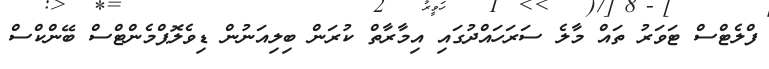
ފްލެޓްސް ޓަވަރު ތައް މާލެ ސަރަހައްދުގައި އިމާރާތް ކުރަން ބިލިއަނުން ޑިވެލޮޕްމެންޓްސް ބޭންކްސް